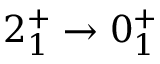
2 _ { 1 } ^ { + } \rightarrow 0 _ { 1 } ^ { + }